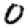
Digit: 0